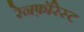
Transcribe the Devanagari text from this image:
रेनफ़ॉरेस्ट